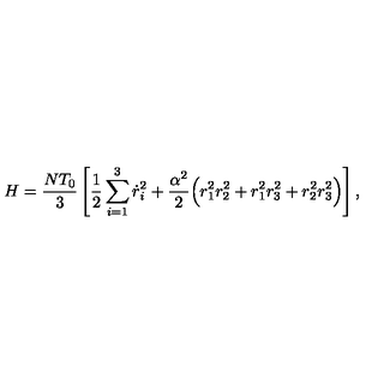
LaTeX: H = \frac { N T _ { 0 } } { 3 } \left[ \frac { 1 } { 2 } \sum _ { i = 1 } ^ { 3 } \dot { r } _ { i } ^ { 2 } + \frac { \alpha ^ { 2 } } { 2 } \Big ( r _ { 1 } ^ { 2 } r _ { 2 } ^ { 2 } + r _ { 1 } ^ { 2 } r _ { 3 } ^ { 2 } + r _ { 2 } ^ { 2 } r _ { 3 } ^ { 2 } \Big ) \right] ,